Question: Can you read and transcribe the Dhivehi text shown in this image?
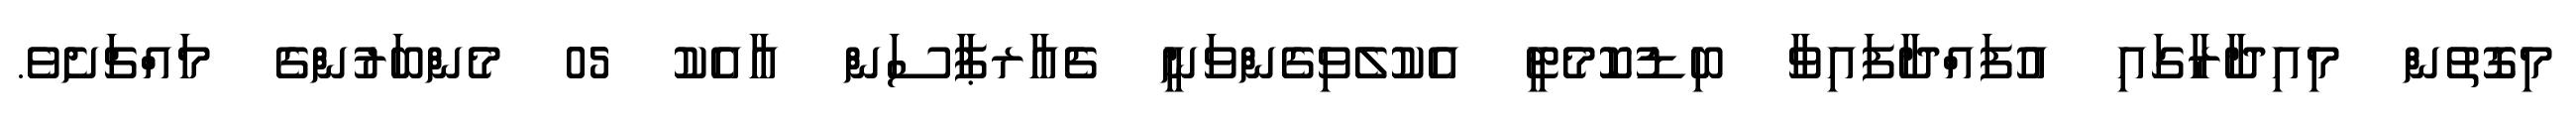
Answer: މިގޮތުން މިއިދާރާގައި އުފައްދާފައިވާ ބިޑުކޮމެޓީ އެކުލެވިގެންވަނީ ޗެއާރޕާސަން އާއެކު 05 މެންބަރުންގެ މައްޗަށެވެ.